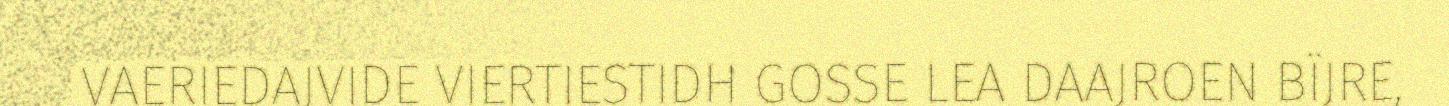
VAERIEDAJVIDE VIERTIESTIDH GOSSE LEA DAAJROEN BÏJRE,